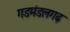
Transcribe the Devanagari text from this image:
गडमंडलगढ़